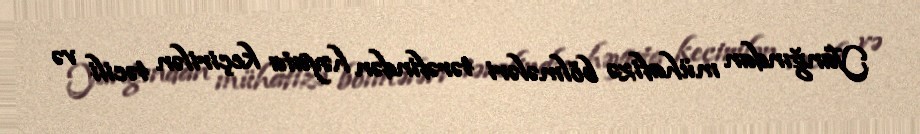
Yanğından mühafizə bölmələri tərəfindən həyata keçirilən təcili və